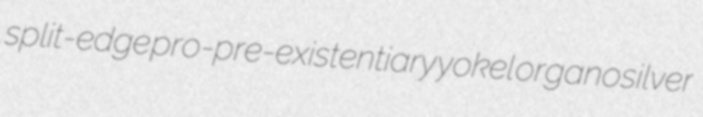
split-edge pro-pre-existentiary yokel organosilver